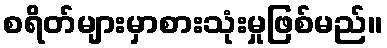
စရိတ်များမှာစားသုံးမှုဖြစ်မည်။